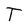
Character: T